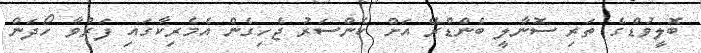
ބޮލީވުޑްގެ ތަރި ސޮނާލީ ބެންޑްރޭ އަށް ކެންސަރު ޖެހިގެން އެމެރިކާގައި ފަރުވާ ހޯދަން